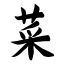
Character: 菜